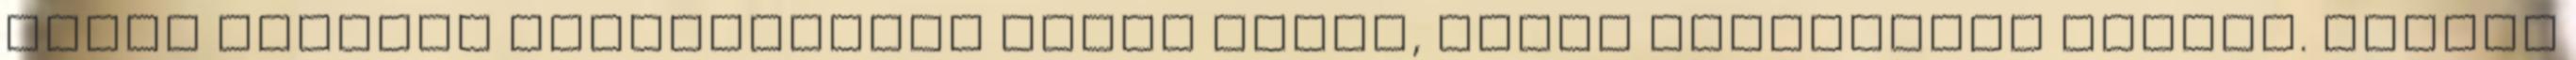
annak tagjait méltóságában sértő módon, bántó szándékkal tettek. Traian